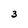
Character: 3